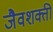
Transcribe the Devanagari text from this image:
जैवशक्ती